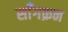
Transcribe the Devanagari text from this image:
साँगक्रन